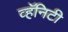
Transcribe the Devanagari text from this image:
व्हॅनिटी